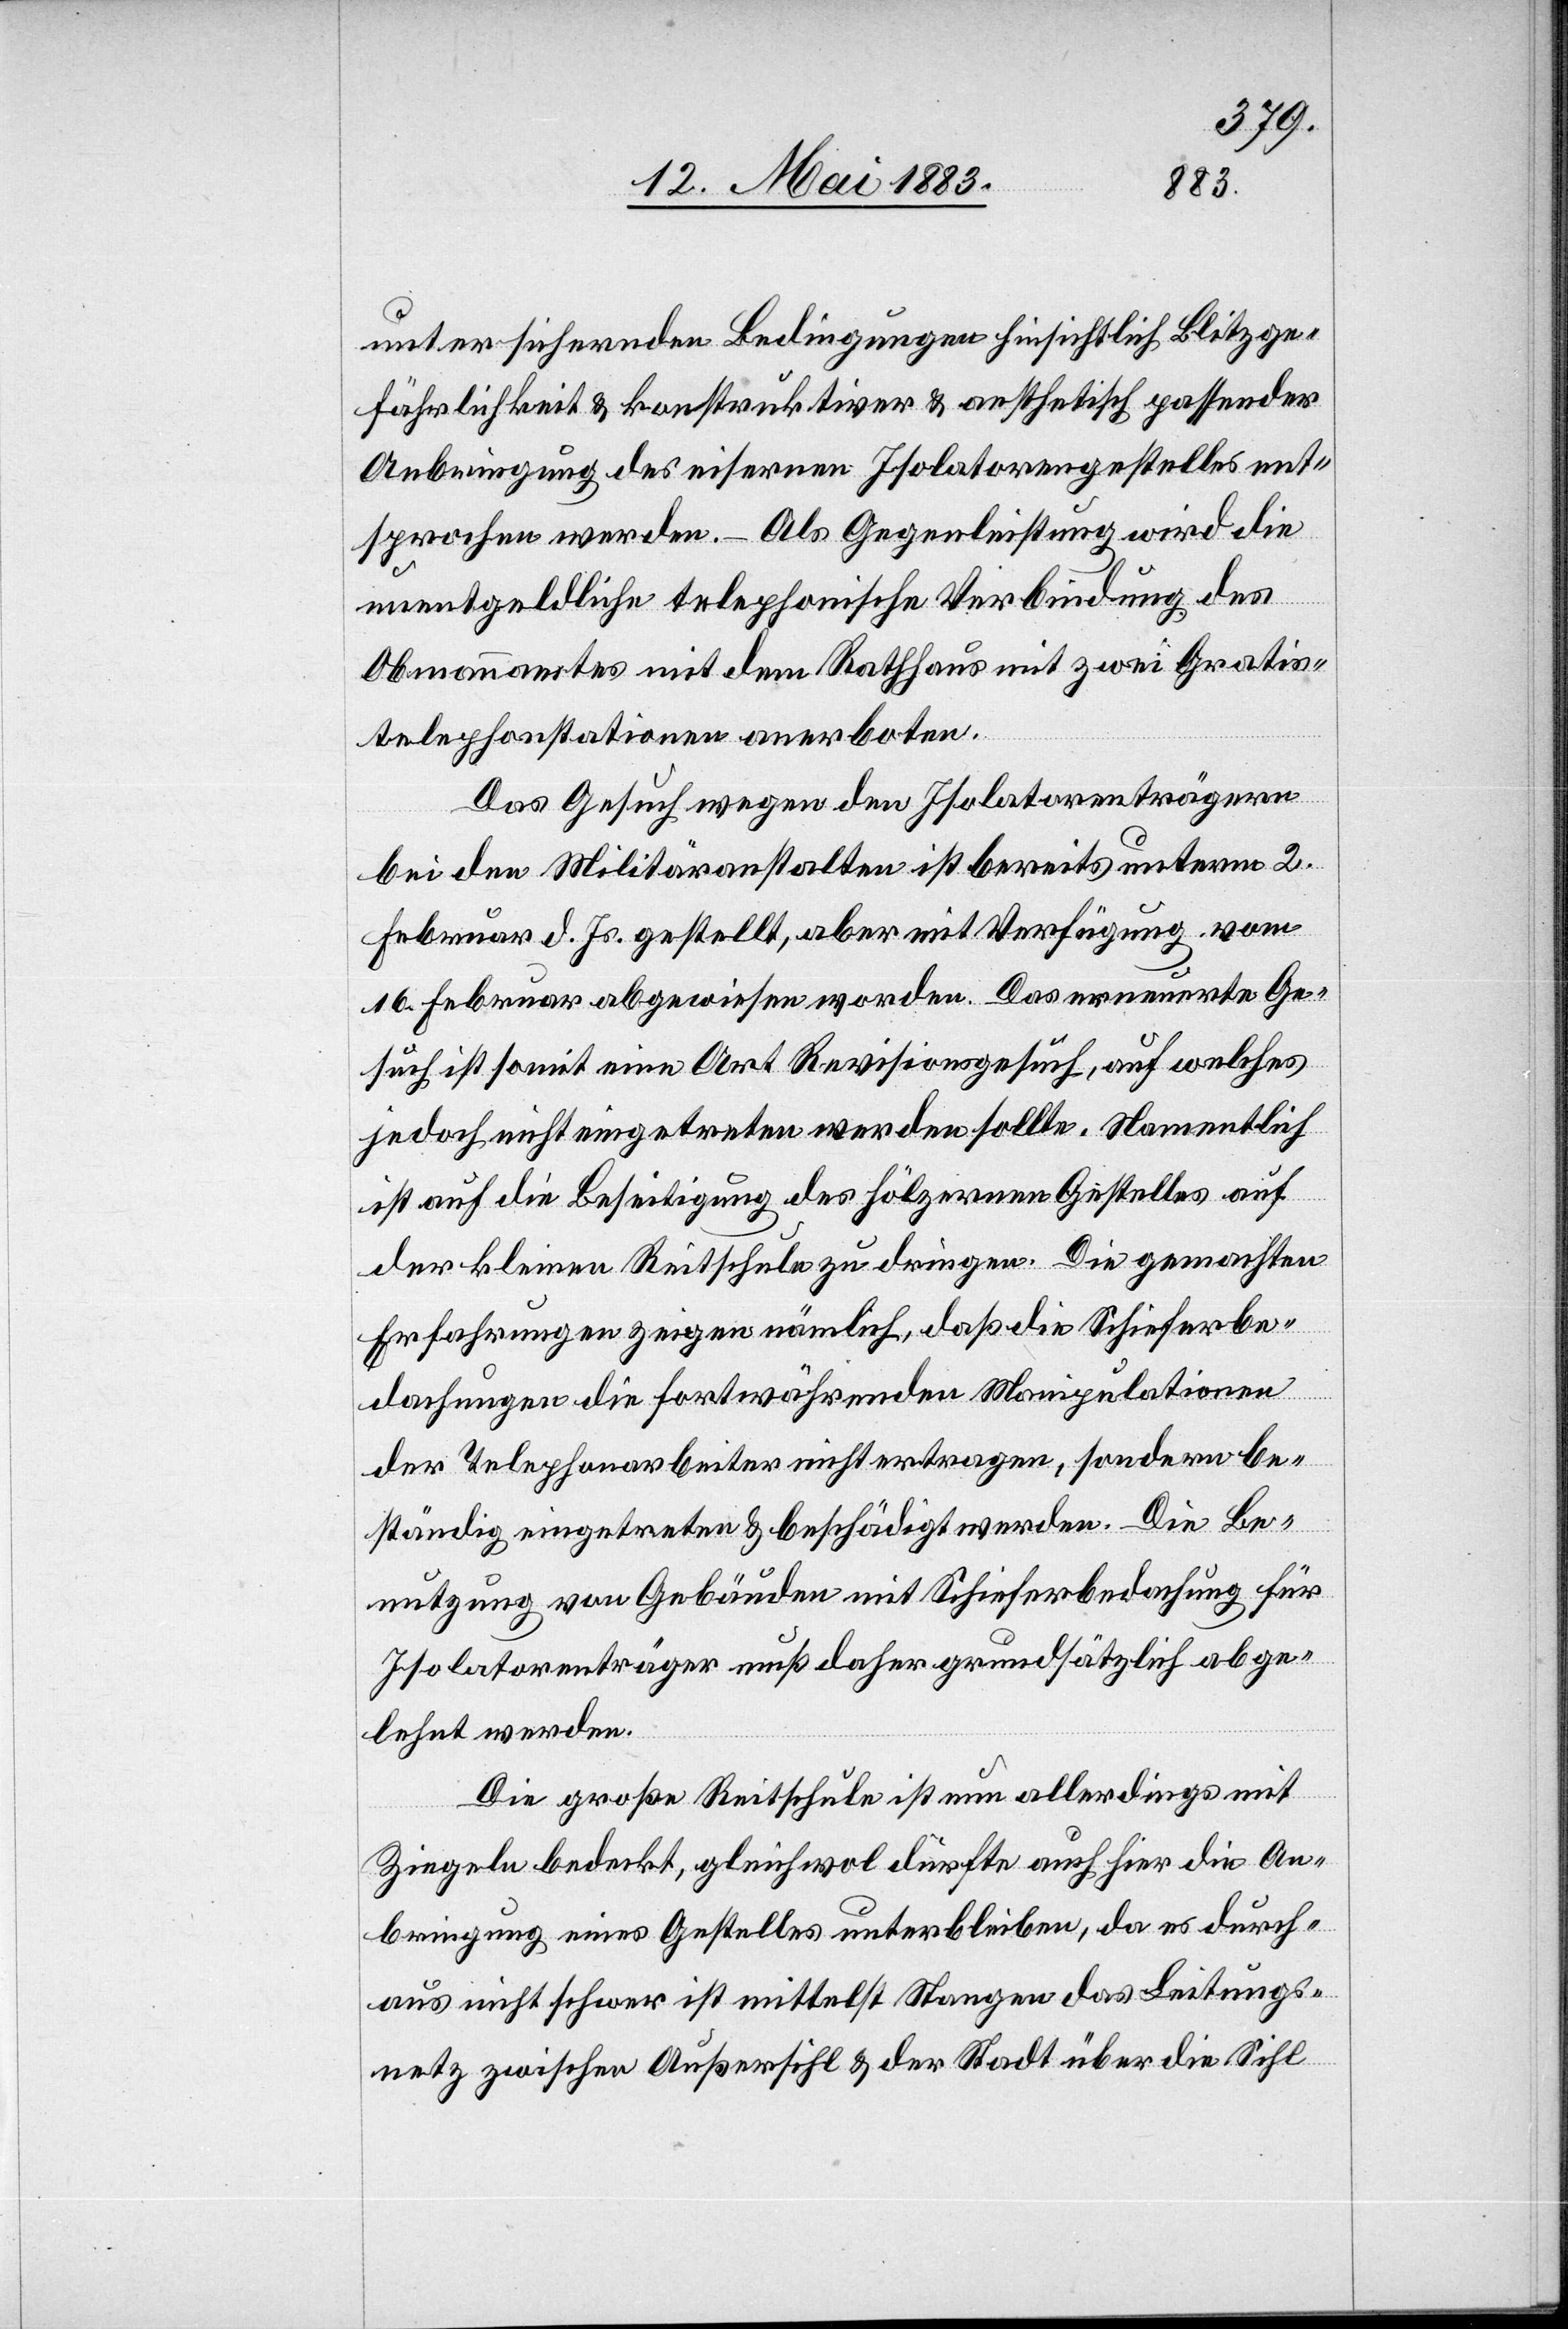
unter sichernden Bedingungen hinsichtlich Blitzge¬
fährlichkeit & konstruktiver & aesthetisch passender
Anbringung des eisernen Isolatorengestells ent¬
sprochen werden. – Als Gegenleistung wird die
unentgeldliche telephonische Verbindung des
Obmannamtes mit dem Rathhaus mit zwei Gratis¬
telephonstationen anerboten.
Das Gesuch wegen des Isolatorenträgern
bei den Militäranstalten ist bereits unterm 2.
Februar d. Js. gestellt, aber mit Verfügung vom
16. Februar abgewiesen worden. Das erneuerte Ge¬
such ist somit eine Art Revisionsgesuch, auf welches
jedoch nicht eingetreten werden sollte. Namentlich
ist auf die Beseitigung des hölzernen Gestelles auf
der kleinen Reitschule zu dringen. Die gemachten
Erfahrungen zeigen nämlich, daß die Schieferbe¬
dachungen die fortwährenden Manipulationen
der Telephonarbeiter nicht ertragen, sondern be¬
ständig eingetreten & beschädigt werden. Die Be¬
nutzung von Gebäuden mit Schieferbedachung für
Isolatorenträger muß daher grundsätzlich abge¬
lehnt werden.
Die große Reitschule ist nun allerdings mit
Ziegeln bedeckt, gleichwol dürfte auch hier die An¬
bringung eines Gestelles unterblieben, da es durch¬
aus nicht schwer ist mittelst Stangen das Leitungs¬
netz zwischen Außersihl & der Stadt über die Sihl